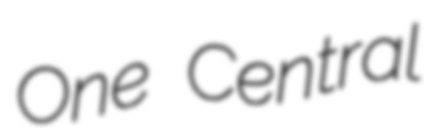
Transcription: One Central